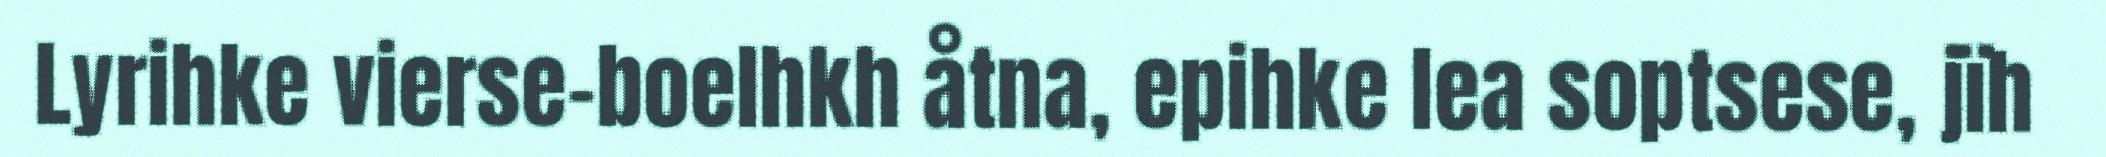
Lyrihke vierse-boelhkh åtna, epihke lea soptsese, jïh